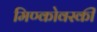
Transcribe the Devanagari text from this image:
मिण्कोवस्की